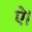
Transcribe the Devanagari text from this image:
ऐ।